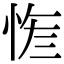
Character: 𢚮